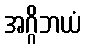
အဂ္ဂိဘယံ